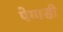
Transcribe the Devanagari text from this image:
पेगासी